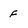
Character: f